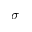
\sigma